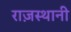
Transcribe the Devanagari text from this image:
राज़स्थानी